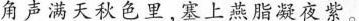
角声满天秋色里，塞上燕脂凝夜紫。